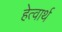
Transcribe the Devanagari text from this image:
हेत्वार्थ